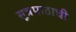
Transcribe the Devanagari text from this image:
सूत्रपाठाची